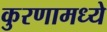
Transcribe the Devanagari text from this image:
कुरणामध्ये